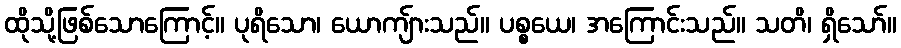
ထိုသို့ဖြစ်သောကြောင့်။ ပုရိသော၊ ယောကျ်ားသည်။ ပစ္စယေ၊ အကြောင်းသည်။ သတိ၊ ရှိသော်။